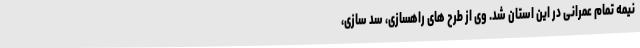
نیمه تمام عمرانی در این استان شد. وی از طرح های راهسازی، سد سازی،